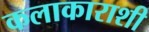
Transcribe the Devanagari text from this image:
कलाकाराशी